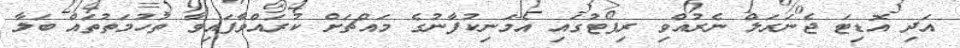
އަދި އޮޑިޓަ ޖެނަރަލް ނެރުއްވި ރިޕޯޓުގައި އެމަނިކުފާނުގެ މައްޗަށް ކުރައްވާފައިވާ ތުހުމަތުތައް ބަލާ